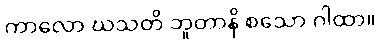
ကာလော ဃသတိ ဘူတာနိ စသော ဂါထာ။